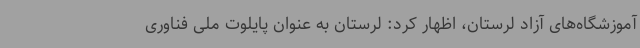
آموزشگاه‌های آزاد لرستان، اظهار کرد: لرستان به عنوان پایلوت ملی فناوری